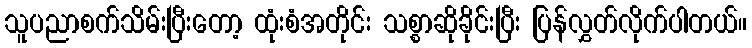
သူပညာစက်သိမ်းပြီးတော့ ထုံးစံအတိုင်း သစ္စာဆိုခိုင်းပြီး ပြန်လွှတ်လိုက်ပါတယ်။